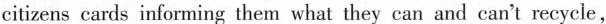
citizens cards informing them what they can and can't recycle